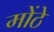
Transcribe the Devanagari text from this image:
मोंठे